Indian journal of veterinary science and animal husbandry - Volume 10,
Year: 1940
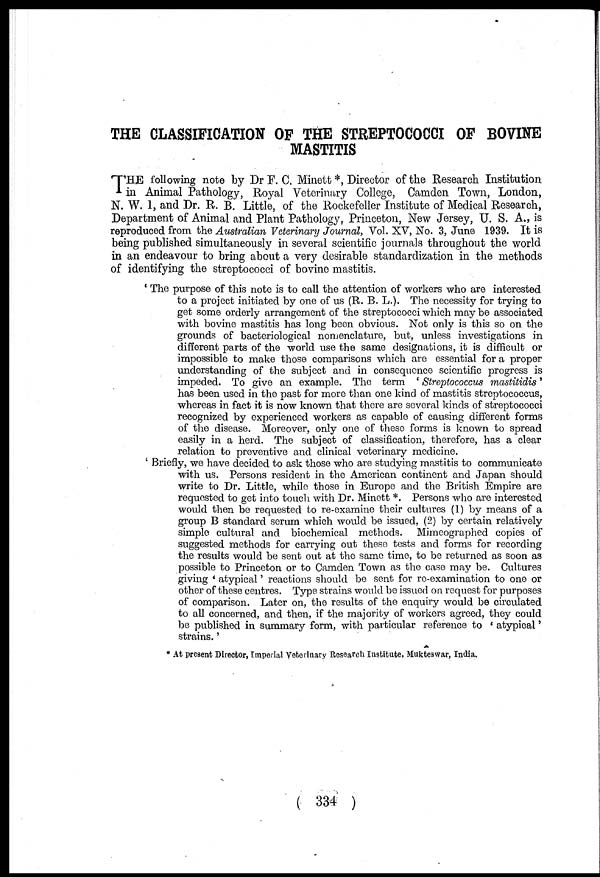
THE CLASSIFICATION OF THE STREPTOCOCCI OF BOVINE
MASTITIS
THE following note by Dr F. C. Minett *, Director of the Research Institution
in Animal Pathology, Royal Veterinary College, Camden Town, London,
N. W. 1, and Dr. R. B. Little, of the Rockefeller Institute of Medical Research,
Department of Animal and Plant Pathology, Princeton, New Jersey, U. S. A., is
reproduced from the Australian Veterinary Journal, Vol. XV, No. 3, June 1939. It is
being published simultaneously in several scientific journals throughout the world
in an endeavour to bring about a very desirable standardization in the methods
of identifying the streptococci of bovine mastitis.
' The purpose of this note is to call the attention of workers who are interested
to a project initiated by one of us (R. B. L.). The necessity for trying to
get some orderly arrangement of the streptococci which may be associated
with bovine mastitis has long been obvious. Not only is this so on the
grounds of bacteriological nomenclature, but, unless investigations in
different parts of the world use the same designations, it is difficult or
impossible to make those comparisons which are essential for a proper
understanding of the subject and in consequence scientific progress is
impeded. To give an example. The term ' Streptococcus
mastitidis'
has been used in the past for more than one kind of mastitis streptococcus,
whereas in fact it is now known that there are several kinds of streptococci
recognized by experienced workers as capable of causing different forms
of the disease. Moreover, only one of these forms is known to spread
easily in a herd. The subject of classification, therefore, has a clear
relation to preventive and clinical veterinary medicine.
' Briefly, we have decided to ask those who are studying mastitis to communicate
with us. Persons resident in the American continent and Japan should
write to Dr. Little, while those in Europe and the British Empire are
requested to get into touch with Dr. Minett *. Persons who are interested
would then be requested to re-examine their cultures (1) by means of a
group B standard serum which would be issued, (2) by certain relatively
simple cultural and biochemical methods. Mimeographed copies of
suggested methods for carrying out these tests and forms for recording
the results would be sent out at the same time, to be returned as soon as
possible to Princeton or to Camden Town as the case may be. Cultures
giving ' atypical' reactions should be sent for re-examination to one or
other of these centres. Type strains would be issued on request for purposes
of comparison. Later on, the results of the enquiry would be circulated
to all concerned, and then, if the majority of workers agreed, they could
be published in summary form, with particular reference to ' atypical'
strains.'
* At present Director, Imperial Veterinary Research Institute, Mukteswar, India.
( 334 )